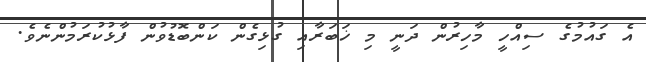
އެ ގައުމުގެ ސިއްހީ މާހިރުން ދަނީ މި ޚަބަރާއި ގުޅިގެން ކަންބޮޑުވުން ފާޅުކުރަމުންނެވެ.